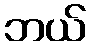
ဘယ်